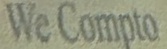
We Compto